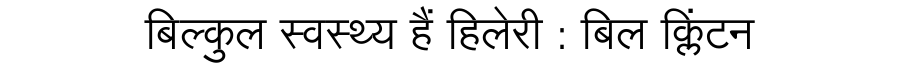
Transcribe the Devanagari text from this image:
बिल्कुल स्वस्थ्य हैं हिलेरी : बिल क्लिंटन